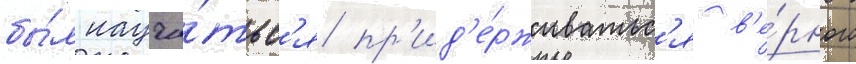
бы́л научи́тьс'я пр'ид'е́рживатьс'я в'е́рного